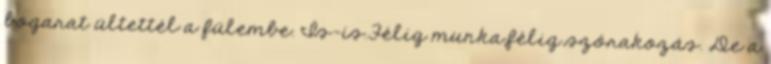
bogarat ültettél a fülembe. Is-is.Félig munka,félig szórakozás. De a